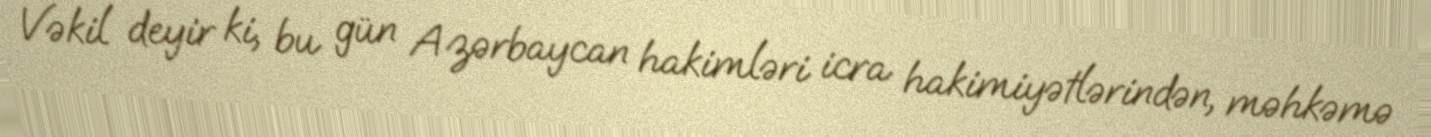
Vəkil deyir ki, bu gün Azərbaycan hakimləri icra hakimiyətlərindən, məhkəmə